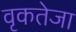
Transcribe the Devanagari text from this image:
वृकतेजा